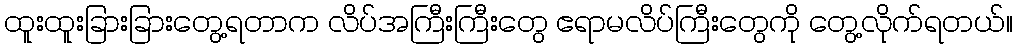
ထူးထူးခြားခြားတွေ့ရတာက လိပ်အကြီးကြီးတွေ ဧရာမလိပ်ကြီးတွေကို တွေ့လိုက်ရတယ်။